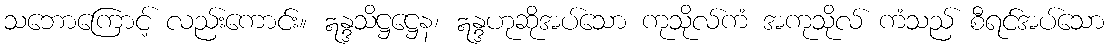
သဘောကြောင့် လည်းကောင်း။ ဣန္ဒသိဋ္ဌဋ္ဌေန၊ ဣန္ဒဟုဆိုအပ်သော ကုသိုလ်ကံ အကုသိုလ် ကံသည် စီရင်အပ်သော